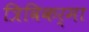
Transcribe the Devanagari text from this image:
त्रिविकर्मा